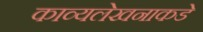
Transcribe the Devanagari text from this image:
काव्यलेखनाकडे